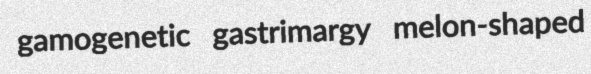
gamogenetic gastrimargy melon-shaped